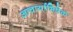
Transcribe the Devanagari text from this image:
आचार्याभिषेक